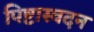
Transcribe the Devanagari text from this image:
पिष्टास्वदन